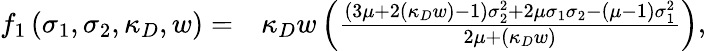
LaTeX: \begin{array}{rl}{f_{1}\left(\sigma_{1},\sigma_{2},\kappa_{D},w\right)=}&{{}\kappa_{D}w\left(\frac{(3\mu+2(\kappa_{D}w)-1)\sigma_{2}^{2}+2\mu\sigma_{1}\sigma_{2}-(\mu-1)\sigma_{1}^{2}}{2\mu+(\kappa_{D}w)}\right),}\end{array}